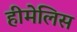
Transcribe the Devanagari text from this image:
हीमेलिस